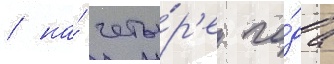
/ на́ четы́р'е го́да